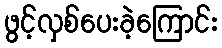
ဖွင့်လှစ်ပေးခဲ့ကြောင်း